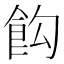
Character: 𩚘